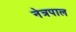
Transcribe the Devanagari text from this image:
नेत्रपाल